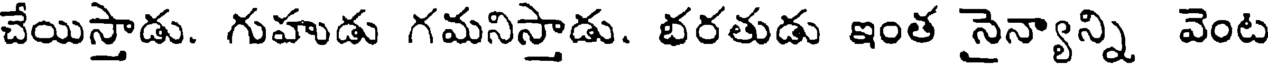
చేయిస్తాడు. గుహుడు గమనిస్తాడు. భరతుడు ఇంత నైన్యాన్ని వెంట